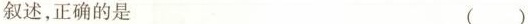
叙述，正确的是 ( )